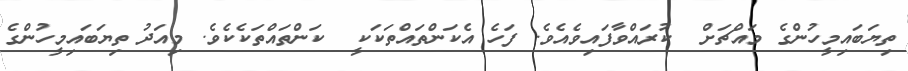
ތިޔަބައިމީހުންގެ މައްޗަށް  ކުރައްވާފައިވެއެވެ. ފަހެ އެކަންތައްތަކަކީ  ކަންތައްތަކެކެވެ. މިއަދު ތިޔަބައިމީހުންގެ